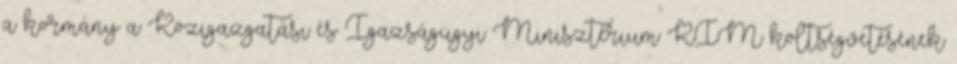
a kormány a Közigazgatási és Igazságügyi Minisztérium KIM költségvetésének